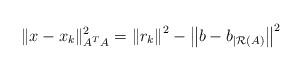
LaTeX: \begin{align*}\|x-x_{k}\|_{A^{T}A}^{2}=\left\Vert r_{k}\right\Vert ^{2}-\left\Vert b-b_{|\mathcal{R}(A)}\right\Vert ^{2}\end{align*}